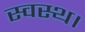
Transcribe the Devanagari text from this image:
स्वस्थ।